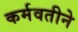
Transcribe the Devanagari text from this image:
कर्मवतीने